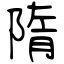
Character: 隋